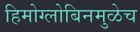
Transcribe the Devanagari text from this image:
हिमोग्लोबिनमुळेच